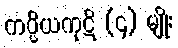
ကပ္ပိယကုဋိ (၄) မျိုး